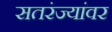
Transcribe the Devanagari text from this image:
सतरंज्यांवर